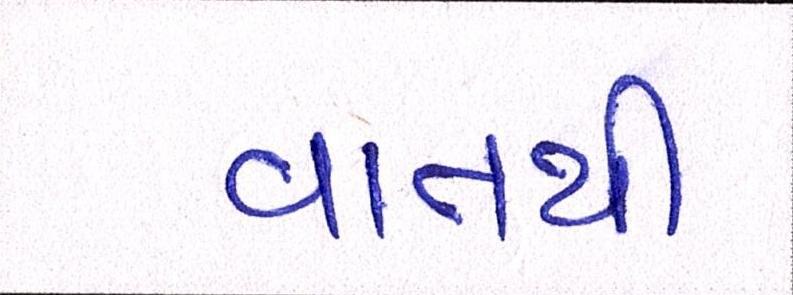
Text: વાતથી